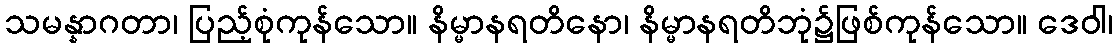
သမန္နာဂတာ၊ ပြည့်စုံကုန်သော။ နိမ္မာနရတိနော၊ နိမ္မာနရတိဘုံ၌ဖြစ်ကုန်သော။ ဒေဝါ၊